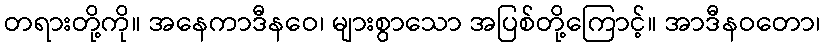
တရားတို့ကို။ အနေကာဒီနဝေ၊ များစွာသော အပြစ်တို့ကြောင့်။ အာဒီနဝတော၊